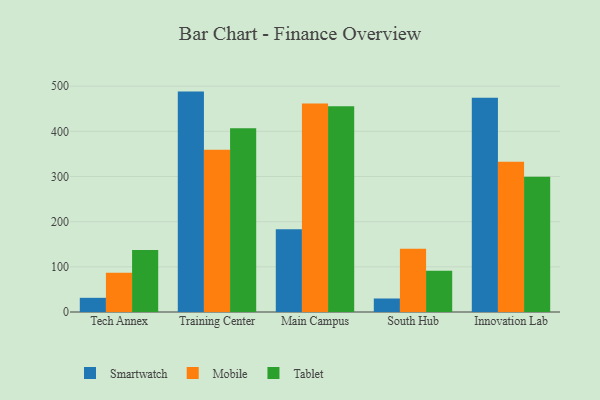
{"axis": {"x": "Campus", "y": "Headcount"}, "legend": ["Mobile", "Smartwatch", "Tablet"], "data": [{"x": "Tech Annex", "y": 31.4, "type": "Smartwatch"}, {"x": "Tech Annex", "y": 87.0, "type": "Mobile"}, {"x": "Tech Annex", "y": 137.5, "type": "Tablet"}, {"x": "Training Center", "y": 488.0, "type": "Smartwatch"}, {"x": "Training Center", "y": 359.3, "type": "Mobile"}, {"x": "Training Center", "y": 406.6, "type": "Tablet"}, {"x": "Main Campus", "y": 183.0, "type": "Smartwatch"}, {"x": "Main Campus", "y": 461.8, "type": "Mobile"}, {"x": "Main Campus", "y": 455.4, "type": "Tablet"}, {"x": "South Hub", "y": 29.9, "type": "Smartwatch"}, {"x": "South Hub", "y": 139.9, "type": "Mobile"}, {"x": "South Hub", "y": 91.3, "type": "Tablet"}, {"x": "Innovation Lab", "y": 474.3, "type": "Smartwatch"}, {"x": "Innovation Lab", "y": 332.7, "type": "Mobile"}, {"x": "Innovation Lab", "y": 299.7, "type": "Tablet"}]}